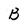
Character: B